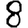
Digit: 8